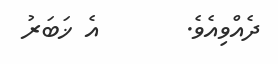
ދެއްވިއެވެ.       އެ ޚަބަރު